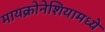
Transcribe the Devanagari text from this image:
मायक्रोनेशियामध्ये